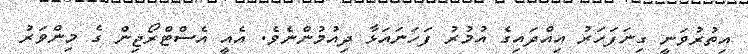
އިތުރުވަނީ ގިނަފަހަރު އިއްދައިގެ އުމުރު ފަހަނައަޅާ ދިއުމުންނެވެ. އެއީ އެސްޓްރޯޖިން ގެ މިންވަރު